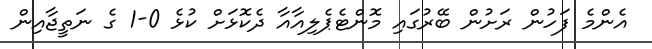
އެންމެ ފަހުން ރަށުން ބޭރުގައި މޮންޓެޕެލިއާއާ ދެކޮޅަށް ކުޅެ 0-1 ގެ ނަތީޖާއިން